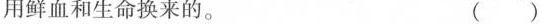
用鲜血和生命换来的。( )